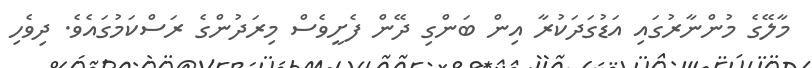
މާލޭގެ މުންނާރުގައި އަޑުގަދަކުރާ އިން ބަންގި ދޭން ފެށީވެސް މިރަދުންގެ ރަސްކަމުގައެވެ. ދިވެހި